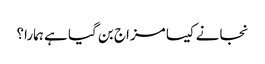
نجانے کیسا مزاج بن گیا ہے ہمارا؟